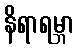
နိရာရမ္ဘာ